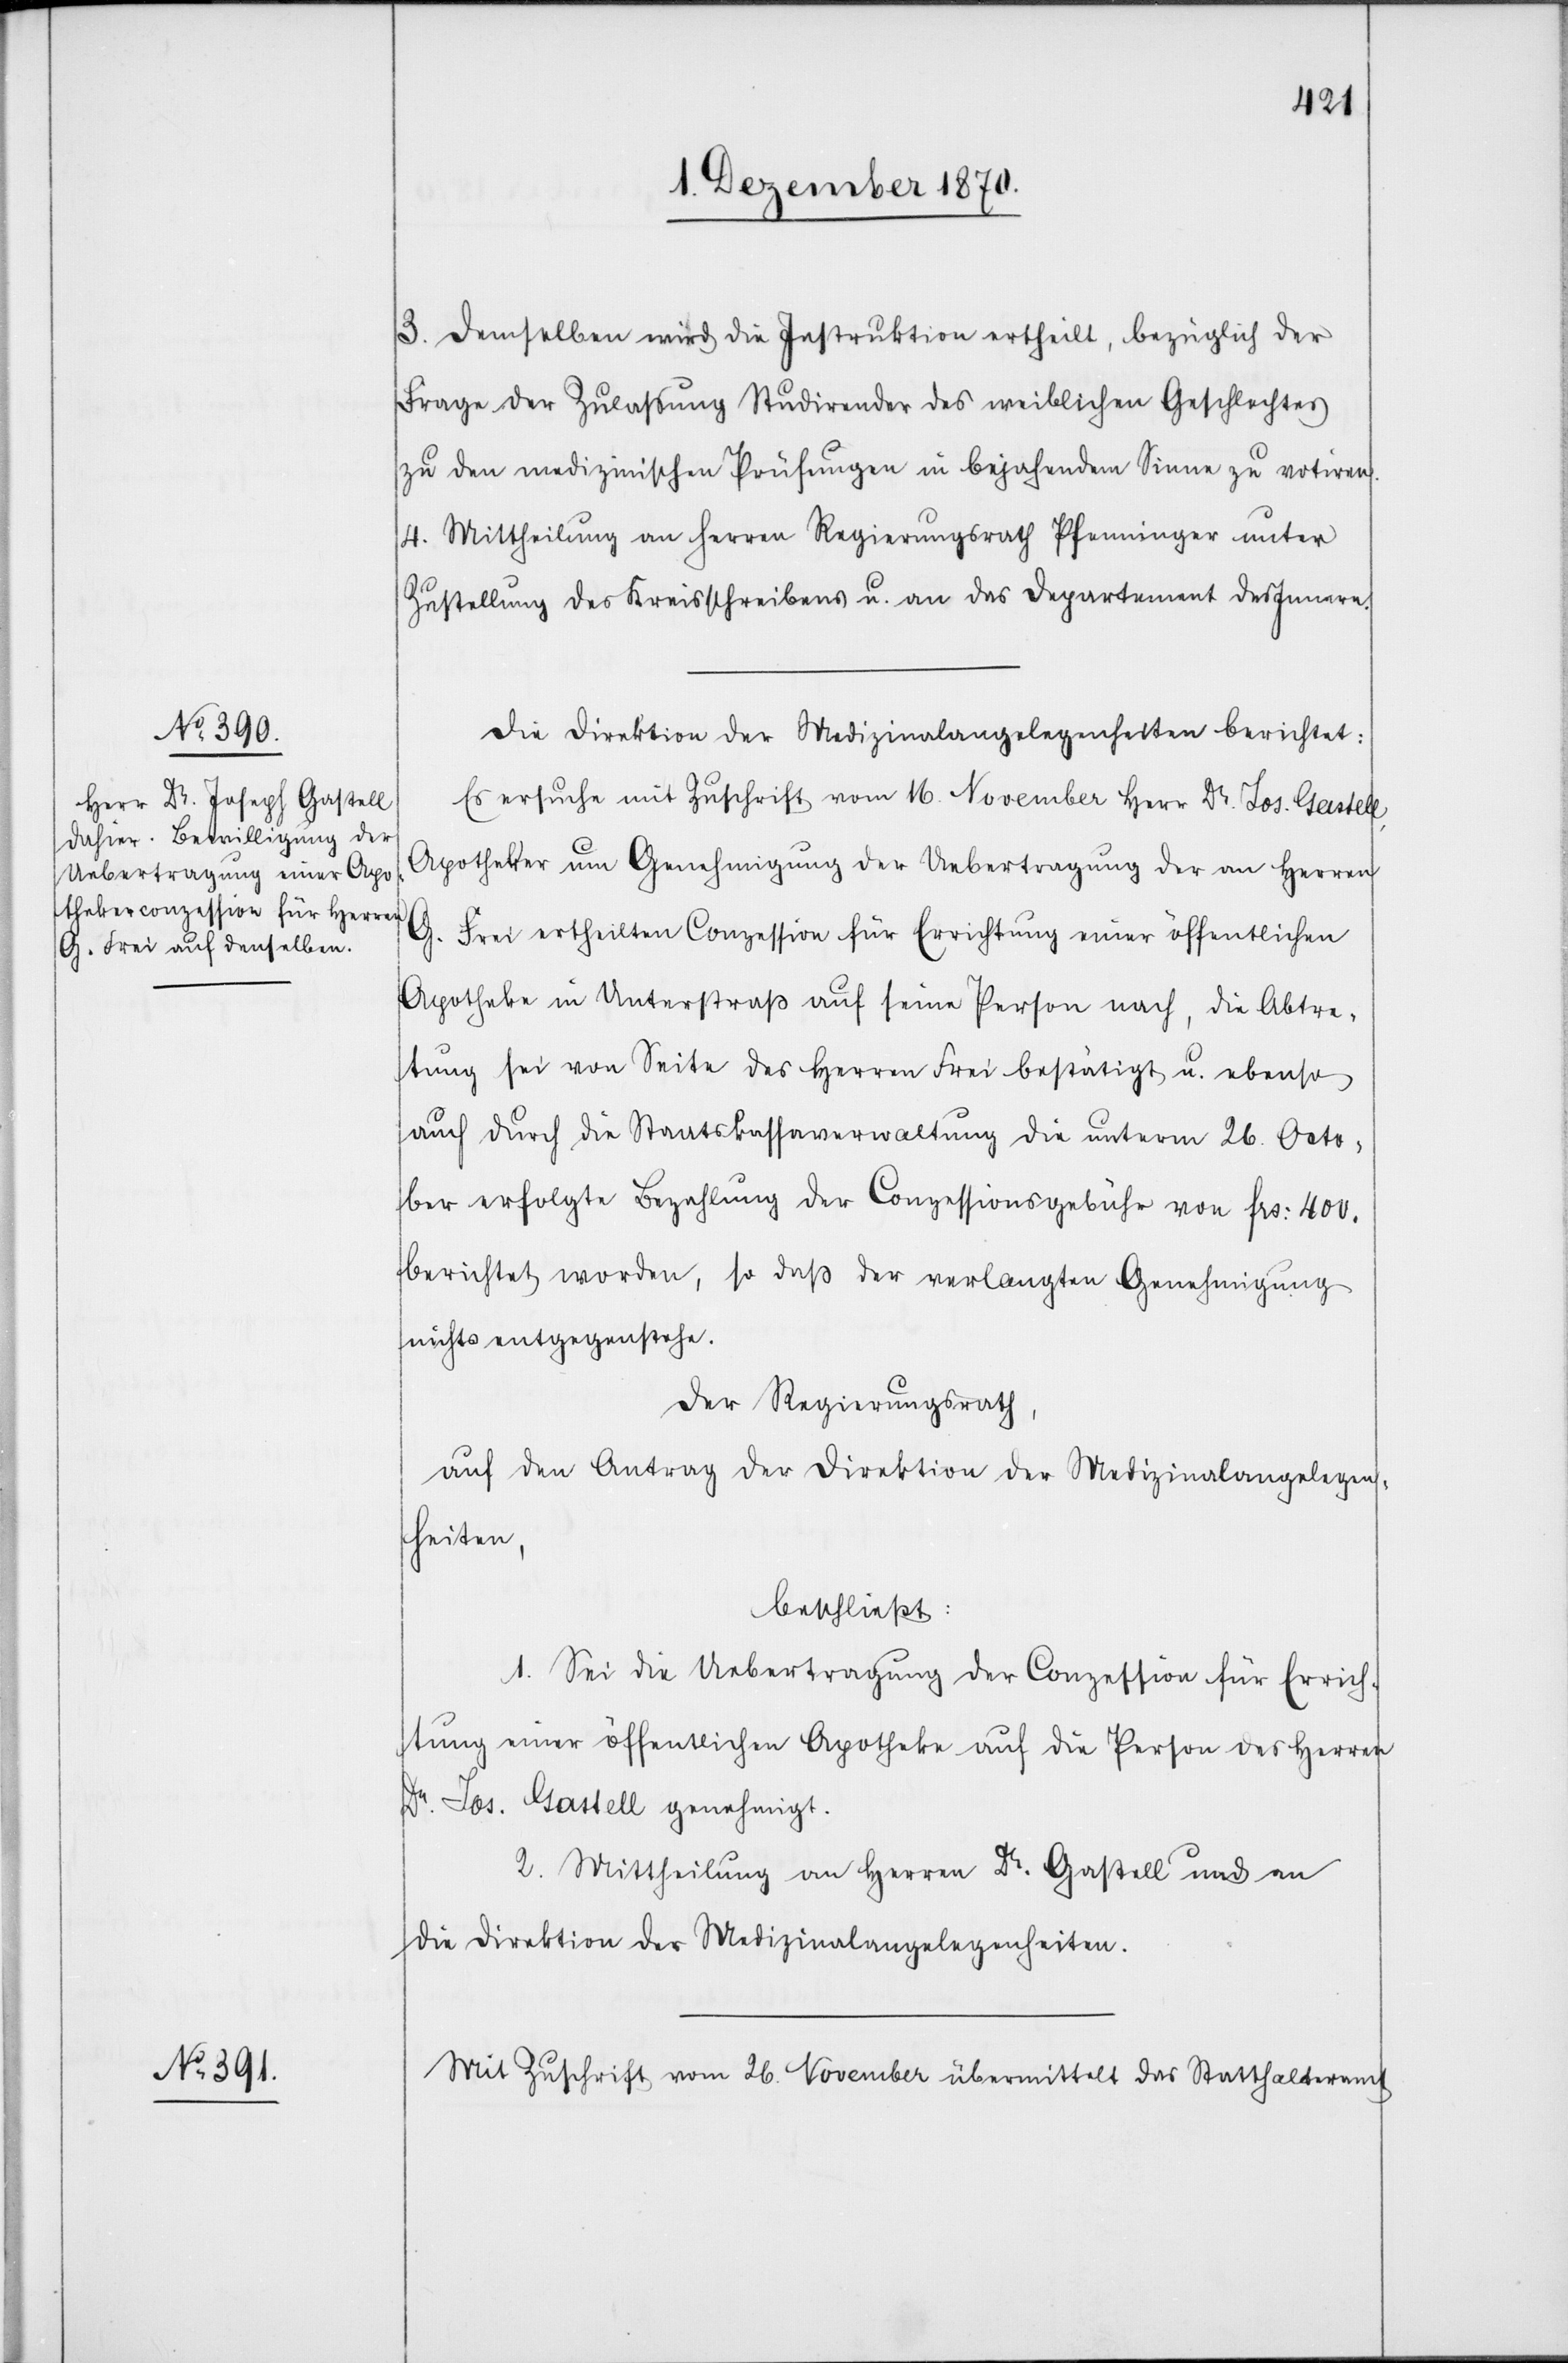
3. Demselben wird die Instruktion ertheilt, bezüglich der
Frage der Zulassung Studirender des weiblichen Geschlechtes
zu den medizinischen Prüfungen in bejahendem Sinne zu votiren.
4. Mittheilung an Herren Regierungsrath Pfenninger unter
Zustellung des Kreisschreibens u. an das Departement des Innern.
Die Direktion der Medizinalangelegenheiten berichtet:
Es ersuche mit Zuschrift vom 16. November Herr Dr. Jos. Gastell,
Apotheker um Genehmigung der Uebertragung der an Herren
G. Frei ertheilten Conzession für Errichtung einer öffentlichen
Apotheke in Unterstraß auf seine Person nach, die Abtre¬
tung sei von Seite des Herren Frei bestätigt u. ebenso
auch durch die Staatskassaverwaltung die unterm 26. Octo¬
ber erfolgte Bezahlung der Conzessionsgebühr von Frs: 400.
berichtet worden, so daß der verlangten Genehmigung
nichts entgegenstehe.
Der Regierungsrath,
auf den Antrag der Direktion der Medizinalangelegen¬
heiten,
beschließt:
1. Sei die Uebertragung der Conzession für Errich¬
tung einer öffentlichen Apotheke auf die Person des Herren
Dr. Jos. Gastell genehmigt.
2. Mittheilung an Herren Dr. Gastell und an
die Direktion der Medizininalangelegenheiten.
Mit Zuschrift vom 26. November übermittelt das Statthalteramt